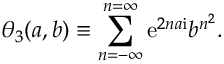
\theta _ { 3 } ( a , b ) \equiv \sum _ { n = - \infty } ^ { n = \infty } { { \mathrm { e } } } ^ { 2 n a { \mathrm { i } } } b ^ { n ^ { 2 } } .